Report on lock hospitals in British Burma
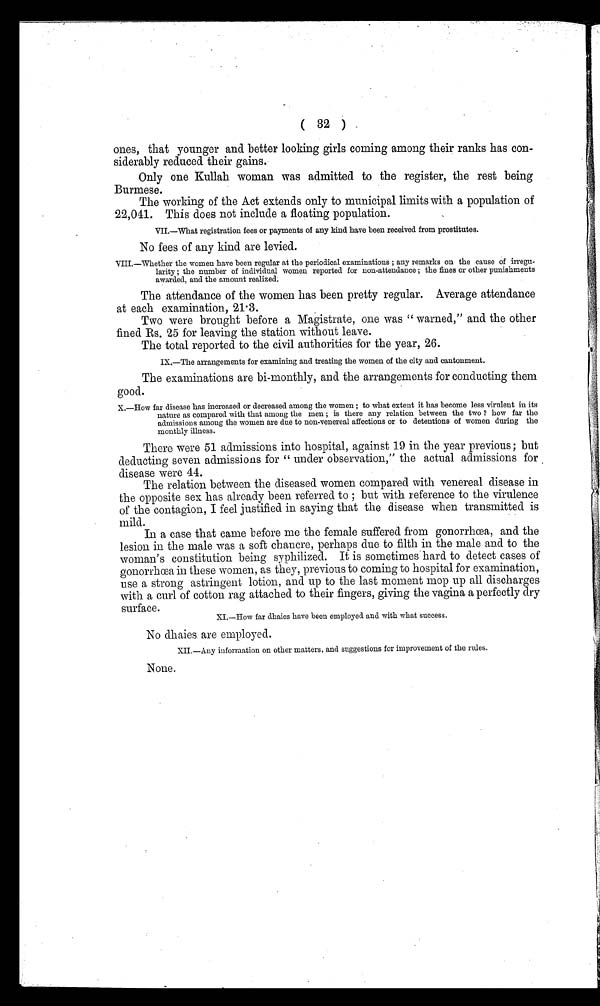
( 32 )
ones, that younger and better looking girls coming among their ranks has con-
-siderably reduced their gains.
Only one Kullah woman was admitted to the register, the rest being
Burmese.
The working of the Act extends only to municipal limits with a population of
22,041. This does not include a floating population.
VII.—What registration fees or payments of any kind have been received from prostitutes.
No fees of any kind are levied.
VIII.—Whether the women have been regular at the periodical examinations ; any remarks on the cause of irregu-
- l a r i t y ; t h e n u m b e r o f i n d i v i d u a l w o m e n r e p o r t e d f o r n o n - a t t e n d a n c e ; t h e f i n e s o r o t h e r p u n i s h m e n t s
awarded, and the amount realized:
The attendance of the women has been pretty regular. Average attendance
at each examination, 21.3.
Two were brought before a Magistrate, one was " warned," and the other
fined Rs. 25 for leaving the station without leave.
The total reported to the civil authorities for the year, 26.
IX.—The arrangements for examining and treating the women of the city and cantonment.
The examinations are bi-monthly, and the arrangements for conducting them
good.
X.—How far disease has increased or decreased among the women ; to what extent it has become less virulent in its
nature as compared with that among the men ; is there any relation between the two ? how far the
admissions among the women are clue to non-venereal affections or to detentions of women during the
monthly illness.
There were 51 admissions into hospital, against 19 in the year previous; but
deducting seven admissions for " under observation," the actual admissions for
disease were 44.
The relation between the diseased women compared with venereal disease in
the opposite sex has already been referred to ; but with reference to the virulence
of the contagion, I feel justified in saying that the disease when transmitted is
mild.
In a case that came before me the female suffered from gonorrhœa, and the
lesion in the male was a soft chancre, perhaps due to filth in the male and to the
woman's constitution being syphilized. It is sometimes hard to detect cases of
gonorrhœa in these women, as they, previous to coming to hospital for examination,
use a strong astringent lotion, and up to the last moment mop up all discharges
with a curl of cotton rag attached to their fingers, giving the vagina a perfectly dry
surface.
XI.—How far dhaies have been employed and with what success.
No dhaies are employed.
XII.—Any information on other matters, and suggestions for improvement of the rules.
None.